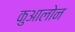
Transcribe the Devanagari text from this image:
कुआलोन